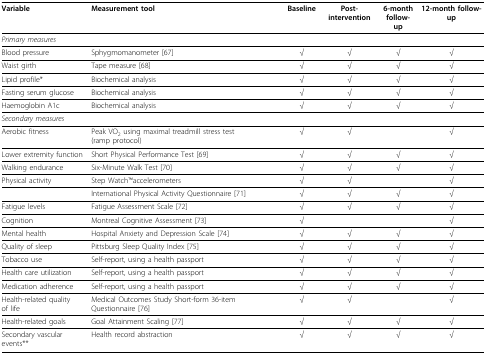
<table><thead><tr><td><b>Variable</b></td><td><b>Measurement tool</b></td><td><b>Baseline</b></td><td><b>Post-intervention</b></td><td><b>6-month follow-up</b></td><td><b>12-month follow-up</b></td></tr></thead><tbody><tr><td><i>Primary measures</i></td><td>[EMPTY_CELL]</td><td>[EMPTY_CELL]</td><td>[EMPTY_CELL]</td><td>[EMPTY_CELL]</td><td>[EMPTY_CELL]</td></tr><tr><td>Blood pressure</td><td>Sphygmomanometer [67]</td><td>√</td><td>√</td><td>√</td><td>√</td></tr><tr><td>Waist girth</td><td>Tape measure [68]</td><td>√</td><td>√</td><td>√</td><td>√</td></tr><tr><td>Lipid profile*</td><td>Biochemical analysis</td><td>√</td><td>√</td><td>√</td><td>√</td></tr><tr><td>Fasting serum glucose</td><td>Biochemical analysis</td><td>√</td><td>√</td><td>√</td><td>√</td></tr><tr><td>Haemoglobin A1c</td><td>Biochemical analysis</td><td>√</td><td>√</td><td>√</td><td>√</td></tr><tr><td><i>Secondary measures</i></td><td>[EMPTY_CELL]</td><td>[EMPTY_CELL]</td><td>[EMPTY_CELL]</td><td>[EMPTY_CELL]</td><td>[EMPTY_CELL]</td></tr><tr><td>Aerobic fitness</td><td>Peak VO<sub>2 </sub>using maximal treadmill stress test (ramp protocol)</td><td>√</td><td>√</td><td>[EMPTY_CELL]</td><td>√</td></tr><tr><td>Lower extremity function</td><td>Short Physical Performance Test [69]</td><td>√</td><td>√</td><td>√</td><td>√</td></tr><tr><td>Walking endurance</td><td>Six-Minute Walk Test [70]</td><td>√</td><td>√</td><td>√</td><td>√</td></tr><tr><td>Physical activity</td><td>Step WatchTMaccelerometers</td><td>√</td><td>√</td><td>[EMPTY_CELL]</td><td>√</td></tr><tr><td>[EMPTY_CELL]</td><td>International Physical Activity Questionnaire [71]</td><td>√</td><td>√</td><td>√</td><td>√</td></tr><tr><td>Fatigue levels</td><td>Fatigue Assessment Scale [72]</td><td>√</td><td>√</td><td>√</td><td>√</td></tr><tr><td>Cognition</td><td>Montreal Cognitive Assessment [73]</td><td>√</td><td>[EMPTY_CELL]</td><td>[EMPTY_CELL]</td><td>√</td></tr><tr><td>Mental health</td><td>Hospital Anxiety and Depression Scale [74]</td><td>√</td><td>√</td><td>√</td><td>√</td></tr><tr><td>Quality of sleep</td><td>Pittsburg Sleep Quality Index [75]</td><td>√</td><td>√</td><td>√</td><td>√</td></tr><tr><td>Tobacco use</td><td>Self-report, using a health passport</td><td>√</td><td>√</td><td>√</td><td>√</td></tr><tr><td>Health care utilization</td><td>Self-report, using a health passport</td><td>√</td><td>√</td><td>√</td><td>√</td></tr><tr><td>Medication adherence</td><td>Self-report, using a health passport</td><td>√</td><td>√</td><td>√</td><td>√</td></tr><tr><td>Health-related qualityof life</td><td>Medical Outcomes Study Short-form 36-item Questionnaire [76]</td><td>√</td><td>√</td><td>[EMPTY_CELL]</td><td>√</td></tr><tr><td>Health-related goals</td><td>Goal Attainment Scaling [77]</td><td>√</td><td>√</td><td>√</td><td>√</td></tr><tr><td>Secondary vascular events**</td><td>Health record abstraction</td><td>√</td><td>√</td><td>√</td><td>√</td></tr></tbody></table>